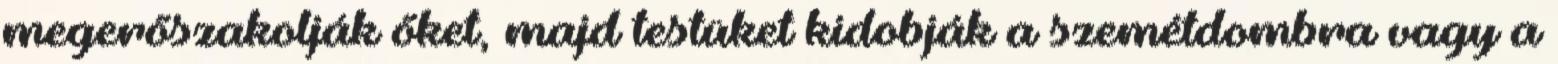
megerőszakolják őket, majd testüket kidobják a szemétdombra vagy a